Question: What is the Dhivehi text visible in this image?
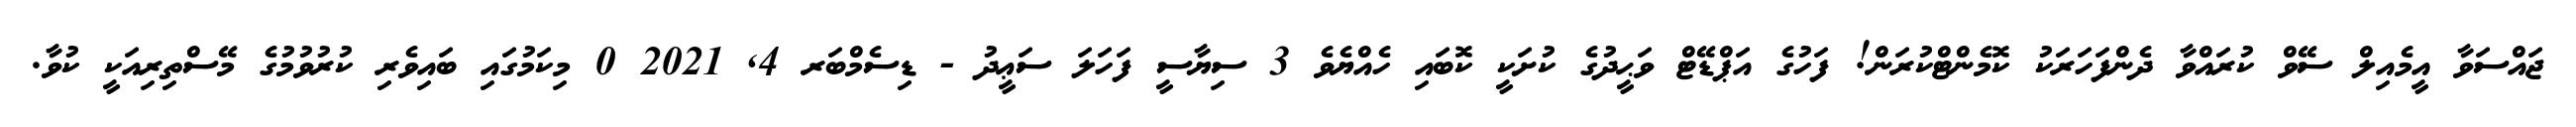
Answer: ޖައްސަވާ އީމެއިލް ސޭވް ކުރައްވާ ދެންފަހަރަކު ކޮމެންޓްކުރަން! ފަހުގެ އަޕްޑޭޓް ވަޙީދުގެ ކުށަކީ ކޮބައި ހެއްޔެވެ 3 ސިޔާސީ ފަހަލަ ސަޢީދު - ޑިސެމްބަރ 4, 2021 0 މިކަމުގައި ބައިވެރި ކުރުވުމުގެ މޭސްތިރިއަކީ ކުވާ.